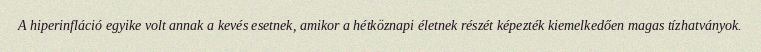
A hiperinfláció egyike volt annak a kevés esetnek, amikor a hétköznapi életnek részét képezték kiemelkedően magas tízhatványok.